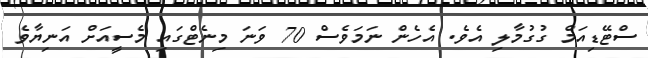
ސްޓޭޑިއަމް ގުގުމާލި އެވެ. އެހެން ނަމަވެސް 70 ވަނަ މިނެޓްގައި މެސީއަށް އަނިޔާވެ